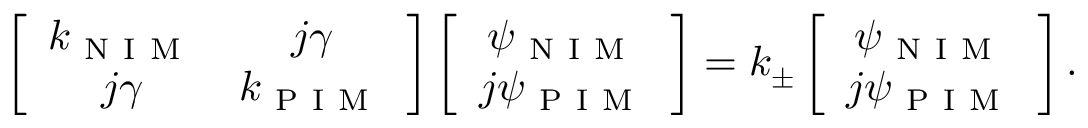
\left[ \begin{array} { c c } { k _ { \mathrm { ~ N ~ I ~ M ~ } } } & { j \gamma } \\ { j \gamma } & { k _ { \mathrm { ~ P ~ I ~ M ~ } } } \end{array} \right] \left[ \begin{array} { c c } { \psi _ { \mathrm { ~ N ~ I ~ M ~ } } } \\ { j \psi _ { \mathrm { ~ P ~ I ~ M ~ } } } \end{array} \right] = k _ { \pm } \left[ \begin{array} { c c } { \psi _ { \mathrm { ~ N ~ I ~ M ~ } } } \\ { j \psi _ { \mathrm { ~ P ~ I ~ M ~ } } } \end{array} \right] .